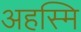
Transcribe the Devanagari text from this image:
अहस्मि